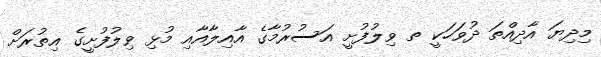
މިދިޔަ އާދިއްތަ ދުވަހަކީ ތ ވިލުފުށީ އަސުރުމާގެ އާއިލާއާއި މުޅި ވިލުފުށީގެ އިތުރަށް